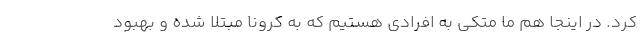
کرد. در اینجا هم ما متکی به افرادی هستیم که به کرونا مبتلا شده و بهبود